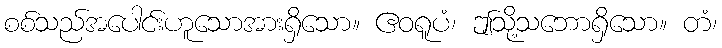
စစ်သည်အပေါင်းဟူသောအားရှိသော။ ဧဝရူပံ၊ ဤသို့သဘောရှိသော။ တံ၊